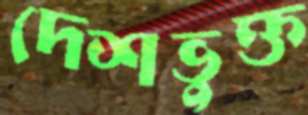
দেশভুক্ত